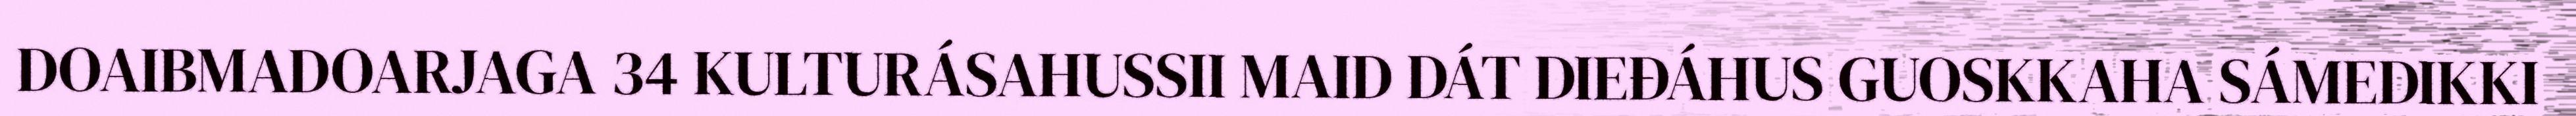
DOAIBMADOARJAGA 34 KULTURÁSAHUSSII MAID DÁT DIEĐÁHUS GUOSKKAHA SÁMEDIKKI